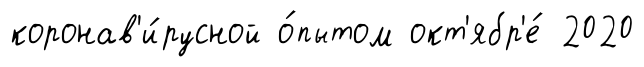
коронав'и́русной о́пытом окт'ябр'е́ 2020